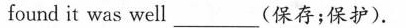
found it was well ___ (保存;保护).